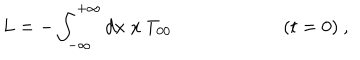
LaTeX: L = - \int _ { - \infty } ^ { + \infty } d x \; x ~ T _ { 0 0 } \qquad \qquad \qquad ( t = 0 ) ~ ,